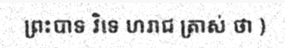
ព្រះបាទ វិទេ ហរាជ ត្រាស់ ថា )